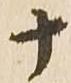
十